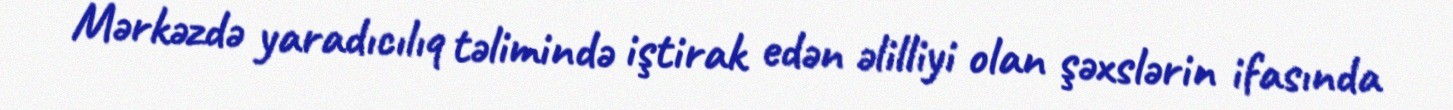
Mərkəzdə yaradıcılıq təlimində iştirak edən əlilliyi olan şəxslərin ifasında